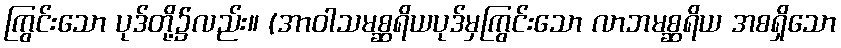
ကြွင်းသော ပုဒ်တို့၌လည်း။ (အာဝါသမစ္ဆရိယပုဒ်မှကြွင်းသော လာဘမစ္ဆရိယ အစရှိသော